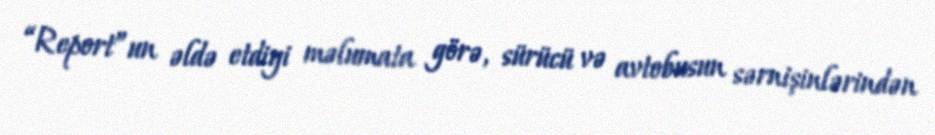
“Report”un əldə etdiyi məlumata görə, sürücü və avtobusun sərnişinlərindən